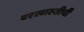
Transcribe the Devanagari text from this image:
बरखास्तीची